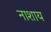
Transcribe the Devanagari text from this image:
नाशाय